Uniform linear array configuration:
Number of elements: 64
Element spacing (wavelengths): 1
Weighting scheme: kaiser
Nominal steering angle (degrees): -15
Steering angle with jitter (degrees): -14.158
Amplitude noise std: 0.05
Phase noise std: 0.05

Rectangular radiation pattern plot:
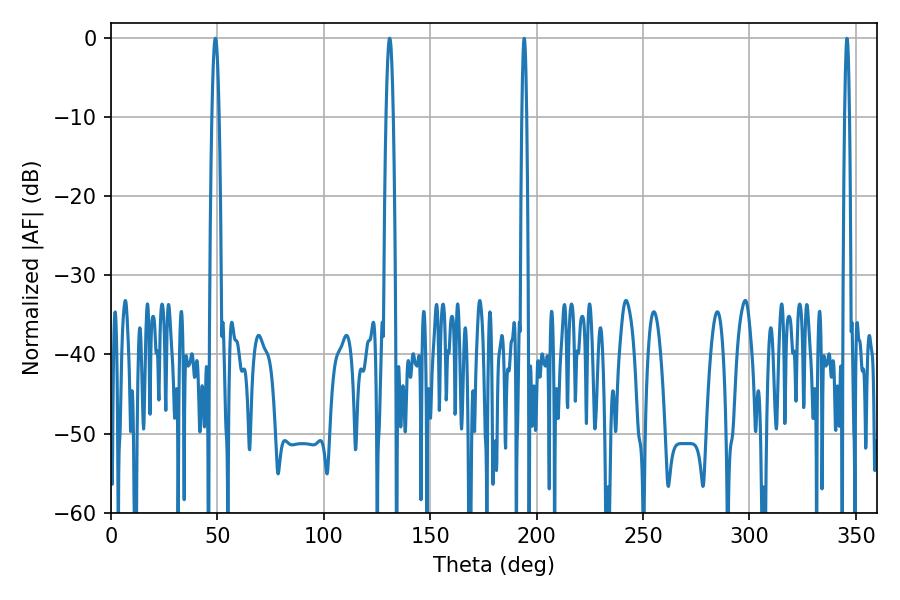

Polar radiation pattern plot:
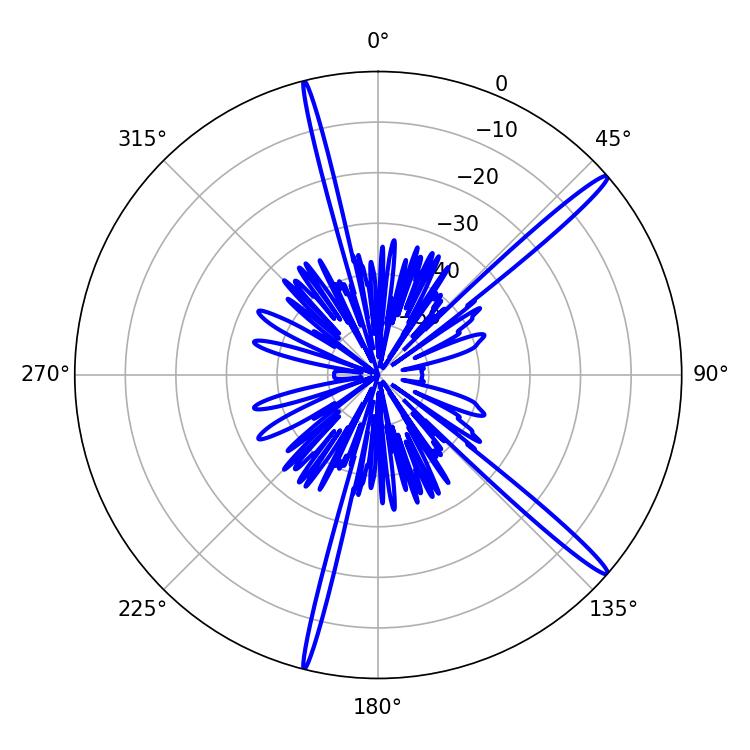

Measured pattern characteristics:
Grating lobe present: TRUE
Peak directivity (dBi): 16.747
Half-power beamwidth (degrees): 1.8
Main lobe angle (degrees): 49.14